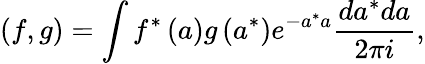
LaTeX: \left(f,g\right)=\int f^{\ast}\left(a\right)g\left(a^{\ast}\right)e^{-a^{\ast}a}\frac{da^{\ast}da}{2\pi i},